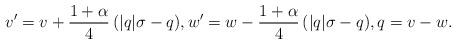
LaTeX: \begin{align*} v'=v+\frac{1+\alpha}{4}\,(|q|\sigma-q), w'=w-\frac{1+\alpha}{4}\,(|q|\sigma-q), q=v-w.\end{align*}